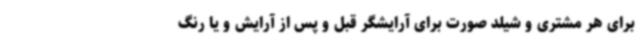
برای هر مشتری و شیلد صورت برای آرایشگر قبل و پس از آرایش و یا رنگ